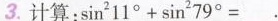
3.计算 $$: \sin ^{2}79^{\circ}=$$